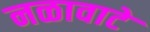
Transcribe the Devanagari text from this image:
नळावाटे